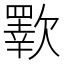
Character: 歝